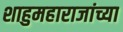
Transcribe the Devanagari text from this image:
शाहुमहाराजांच्या